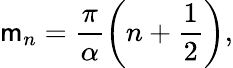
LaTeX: \mathsf{m}_{n}=\frac{{\pi}}{{\alpha}}\left(n+\frac{{1}}{{2}}\right),